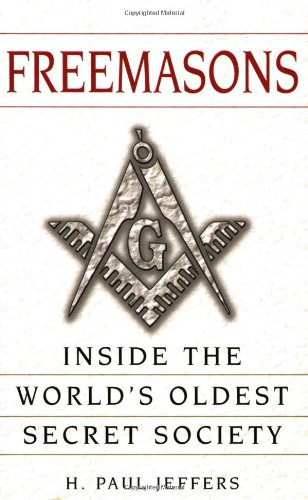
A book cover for Freemasons: A History and Exploration of the World's Oldest Secret Society; H. Paul Jeffers; Religion & Spirituality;